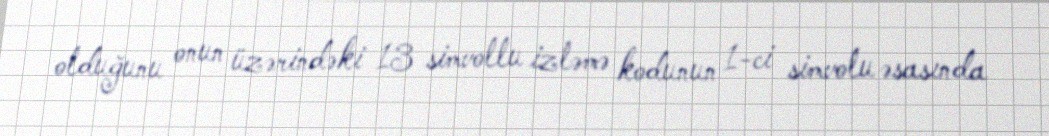
olduğunu onun üzərindəki 13 simvollu izləmə kodunun 1-ci simvolu əsasında